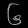
Digit: ၆